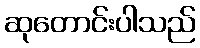
ဆုတောင်းပါသည်